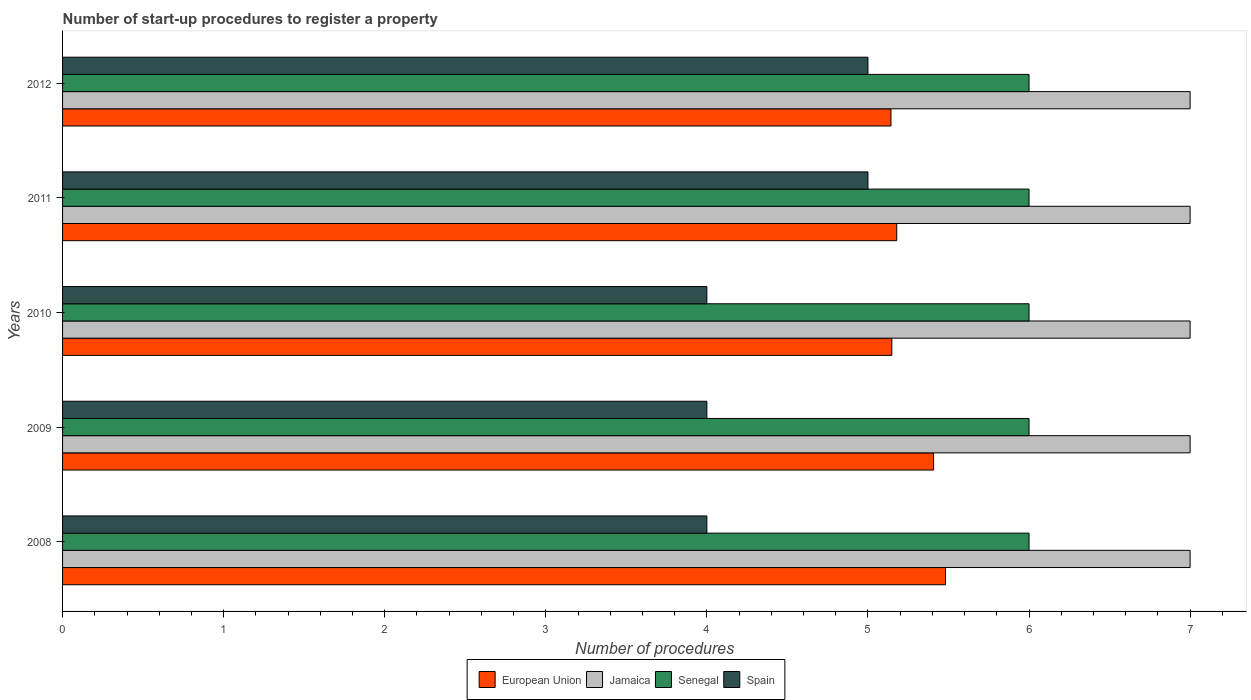
| Years | European Union | Jamaica | Senegal | Spain |
 | --- | --- | --- | --- | --- |
 | 2008 | 5.48 | 7 | 6 | 4 |
 | 2009 | 5.41 | 7 | 6 | 4 |
 | 2010 | 5.15 | 7 | 6 | 4 |
 | 2011 | 5.18 | 7 | 6 | 5 |
 | 2012 | 5.14 | 7 | 6 | 5 |